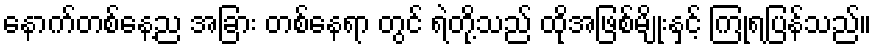
နောက်တစ်နေ့ည အခြား တစ်နေရာ တွင် ရဲတို့သည် ထိုအဖြစ်မျိုးနှင့် ကြုံရပြန်သည်။